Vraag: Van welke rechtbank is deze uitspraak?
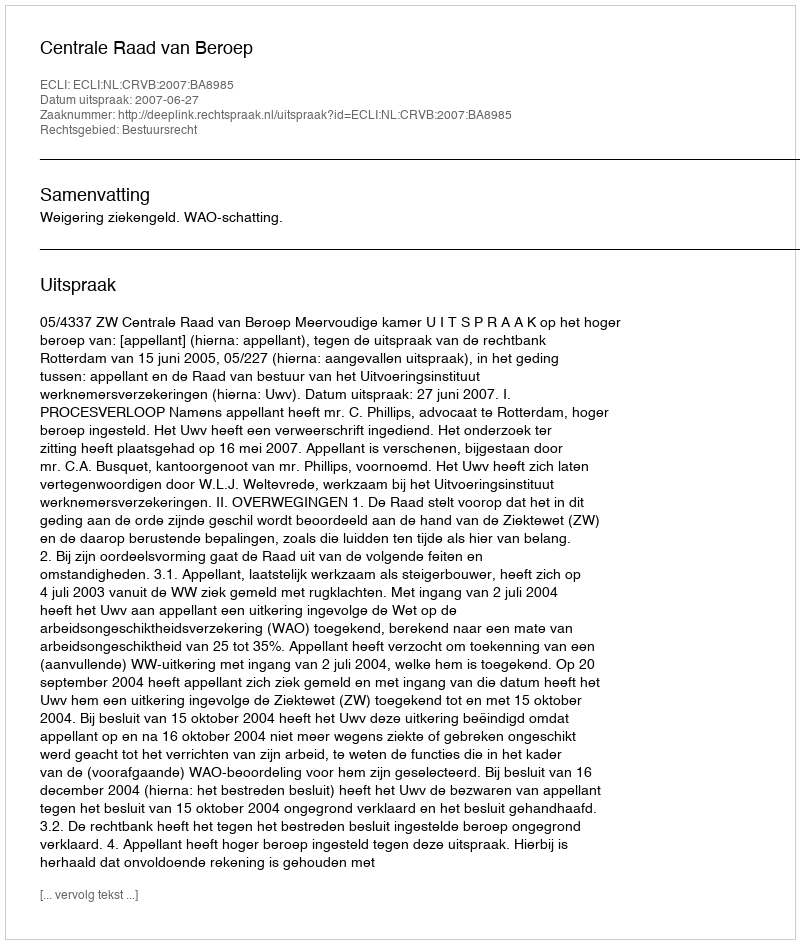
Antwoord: Centrale Raad van Beroep